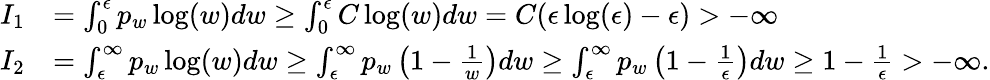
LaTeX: \begin{array}{rl}{I_{1}}&{=\int_{0}^{\epsilon}p_{w}\log(w)dw\geq\int_{0}^{\epsilon}C\log(w)dw=C(\epsilon\log(\epsilon)-\epsilon)>-\infty}\\ {I_{2}}&{=\int_{\epsilon}^{\infty}p_{w}\log(w)dw\geq\int_{\epsilon}^{\infty}p_{w}\left(1-\frac{1}{w}\right)dw\geq\int_{\epsilon}^{\infty}p_{w}\left(1-\frac{1}{\epsilon}\right)dw\geq 1-\frac{1}{\epsilon}>-\infty.}\end{array}